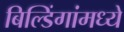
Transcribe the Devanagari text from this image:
बिल्डिंगांमध्ये